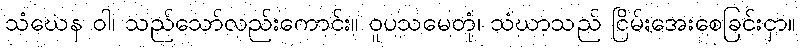
သံဃေန ဝါ၊ သည်သော်လည်းကောင်း။ ဝူပသမေတုံ၊ သံဃာသည် ငြိမ်းအေးစေခြင်းငှာ။